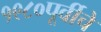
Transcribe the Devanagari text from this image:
१९८०पूर्वीचे